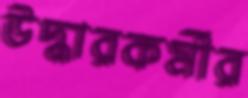
উদ্ধারকর্মীর